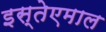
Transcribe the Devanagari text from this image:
इस्तेएमाल